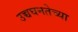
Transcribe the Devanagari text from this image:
उच्चघनतेच्या